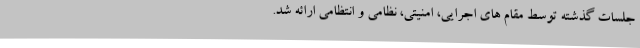
جلسات گذشته توسط مقام های اجرایی، امنیتی، نظامی و انتظامی ارائه شد.